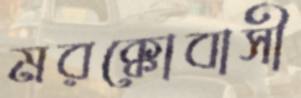
মরক্কোবাসী